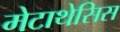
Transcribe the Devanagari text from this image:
मेटाथेसिस